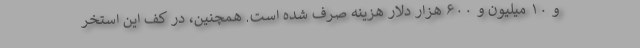
و ۱۰ میلیون و ۶۰۰ هزار دلار هزینه صرف شده است. همچنین، در کف این استخر